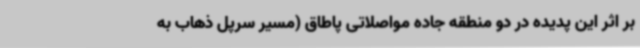
بر اثر این پدیده در دو منطقه جاده مواصلاتی پاطاق (مسیر سرپل ذهاب به